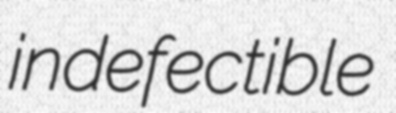
indefectible